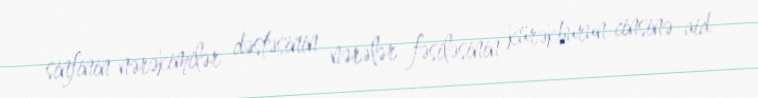
sinfinin nərəkimilər dəstəsinin nərələr fəsiləsinin kürəkburun cinsinə aid